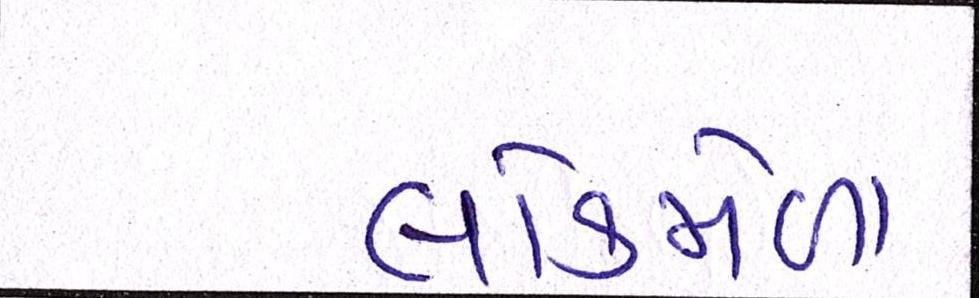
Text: લોકમેળા